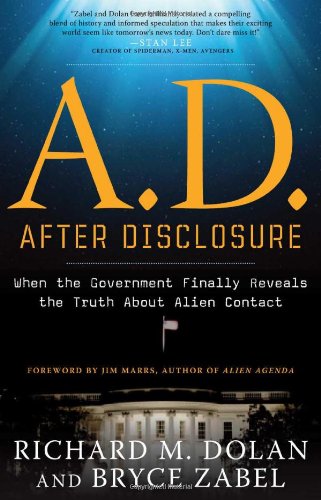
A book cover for A.D. After Disclosure: When the Government Finally Reveals the Truth About Alien Contact; Richard Dolan; Science & Math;